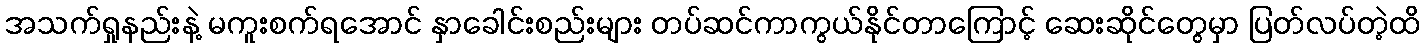
အသက်ရှုနည်းနဲ့ မကူးစက်ရအောင် နှာခေါင်းစည်းများ တပ်ဆင်ကာကွယ်နိုင်တာကြောင့် ဆေးဆိုင်တွေမှာ ပြတ်လပ်တဲ့ထိ